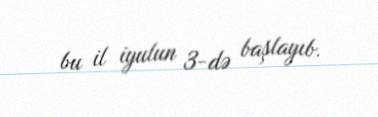
bu il iyulun 3-də başlayıb.